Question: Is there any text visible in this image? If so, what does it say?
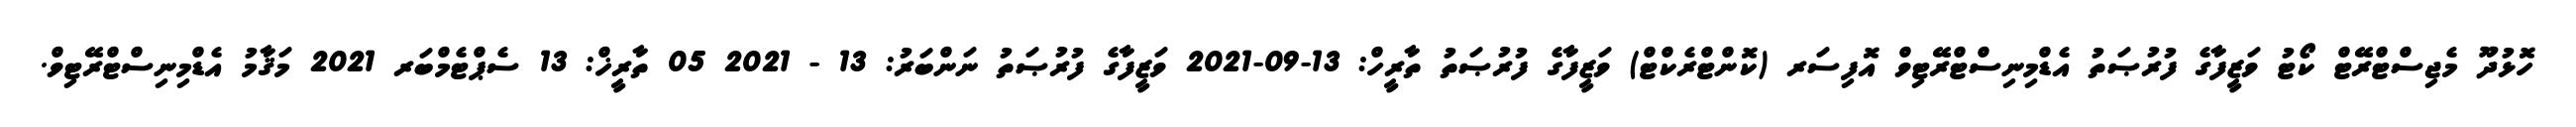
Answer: ހޮޅުދޫ މެޖިސްޓްރޭޓް ކޯޓު ވަޒީފާގެ ފުރުޞަތު އެޑްމިނިސްޓްރޭޓިވް އޮފިސަރ (ކޮންޓްރެކްޓް) ވަޒީފާގެ ފުރުޞަތު ތާރީހް: 13-09-2021 ވަޒީފާގެ ފުރުޞަތު ނަންބަރު: 13 - 2021 05 ތާރީޚް: 13 ސެޕްޓެމްބަރ 2021 މަޤާމު އެޑްމިނިސްޓްރޭޓިވް.